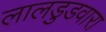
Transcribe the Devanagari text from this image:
लालडुडवारा